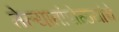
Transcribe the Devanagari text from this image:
तेल्यातांबोळ्यांचे